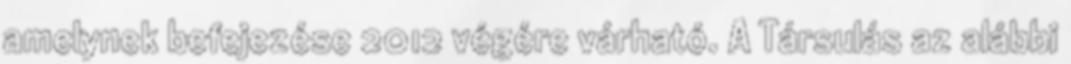
amelynek befejezése 2012 végére várható. A Társulás az alábbi